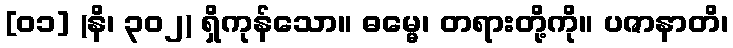
[၀၁] (နိ၊ ၃၀၂) ရှိကုန်သော။ ဓမ္မေ၊ တရားတို့ကို။ ပဇာနာတိ၊